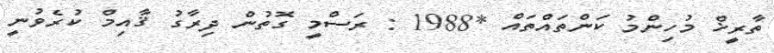
ތާރީޚް މުހިންމު ކަންތައްތައް *1988 : ރަސްމީ ގޮތުން ދިރާގު ޤާއިމް ކުރެވުނީ